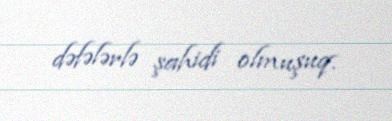
dəfələrlə şahidi olmuşuq.